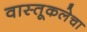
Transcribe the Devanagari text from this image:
वास्तूकलेचा